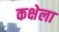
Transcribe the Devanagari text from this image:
कक्षेला